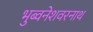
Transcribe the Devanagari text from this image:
भुब्वनेशवरनाथ